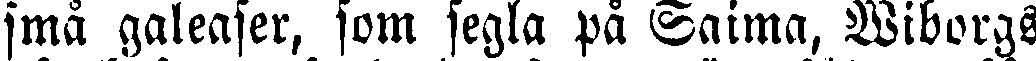
små galeaser, som segla på Saima, Wiborgs